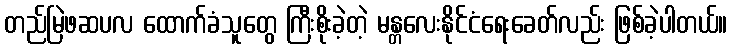
တည်မြဲဖဆပလ ထောက်ခံသူတွေ ကြီးစိုးခဲ့တဲ့ မန္တလေးနိုင်ငံရေးခေတ်လည်း ဖြစ်ခဲ့ပါတယ်။